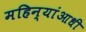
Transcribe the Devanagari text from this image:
महिन्यांआधी